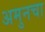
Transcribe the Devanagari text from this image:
अमुनचा